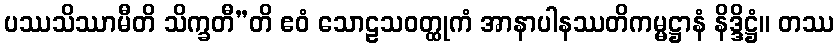
ပဿသိဿာမီတိ သိက္ခတီ”တိ ဧဝံ သောဠသဝတ္ထုကံ အာနာပါနဿတိကမ္မဋ္ဌာနံ နိဒ္ဒိဋ္ဌံ။ တဿ